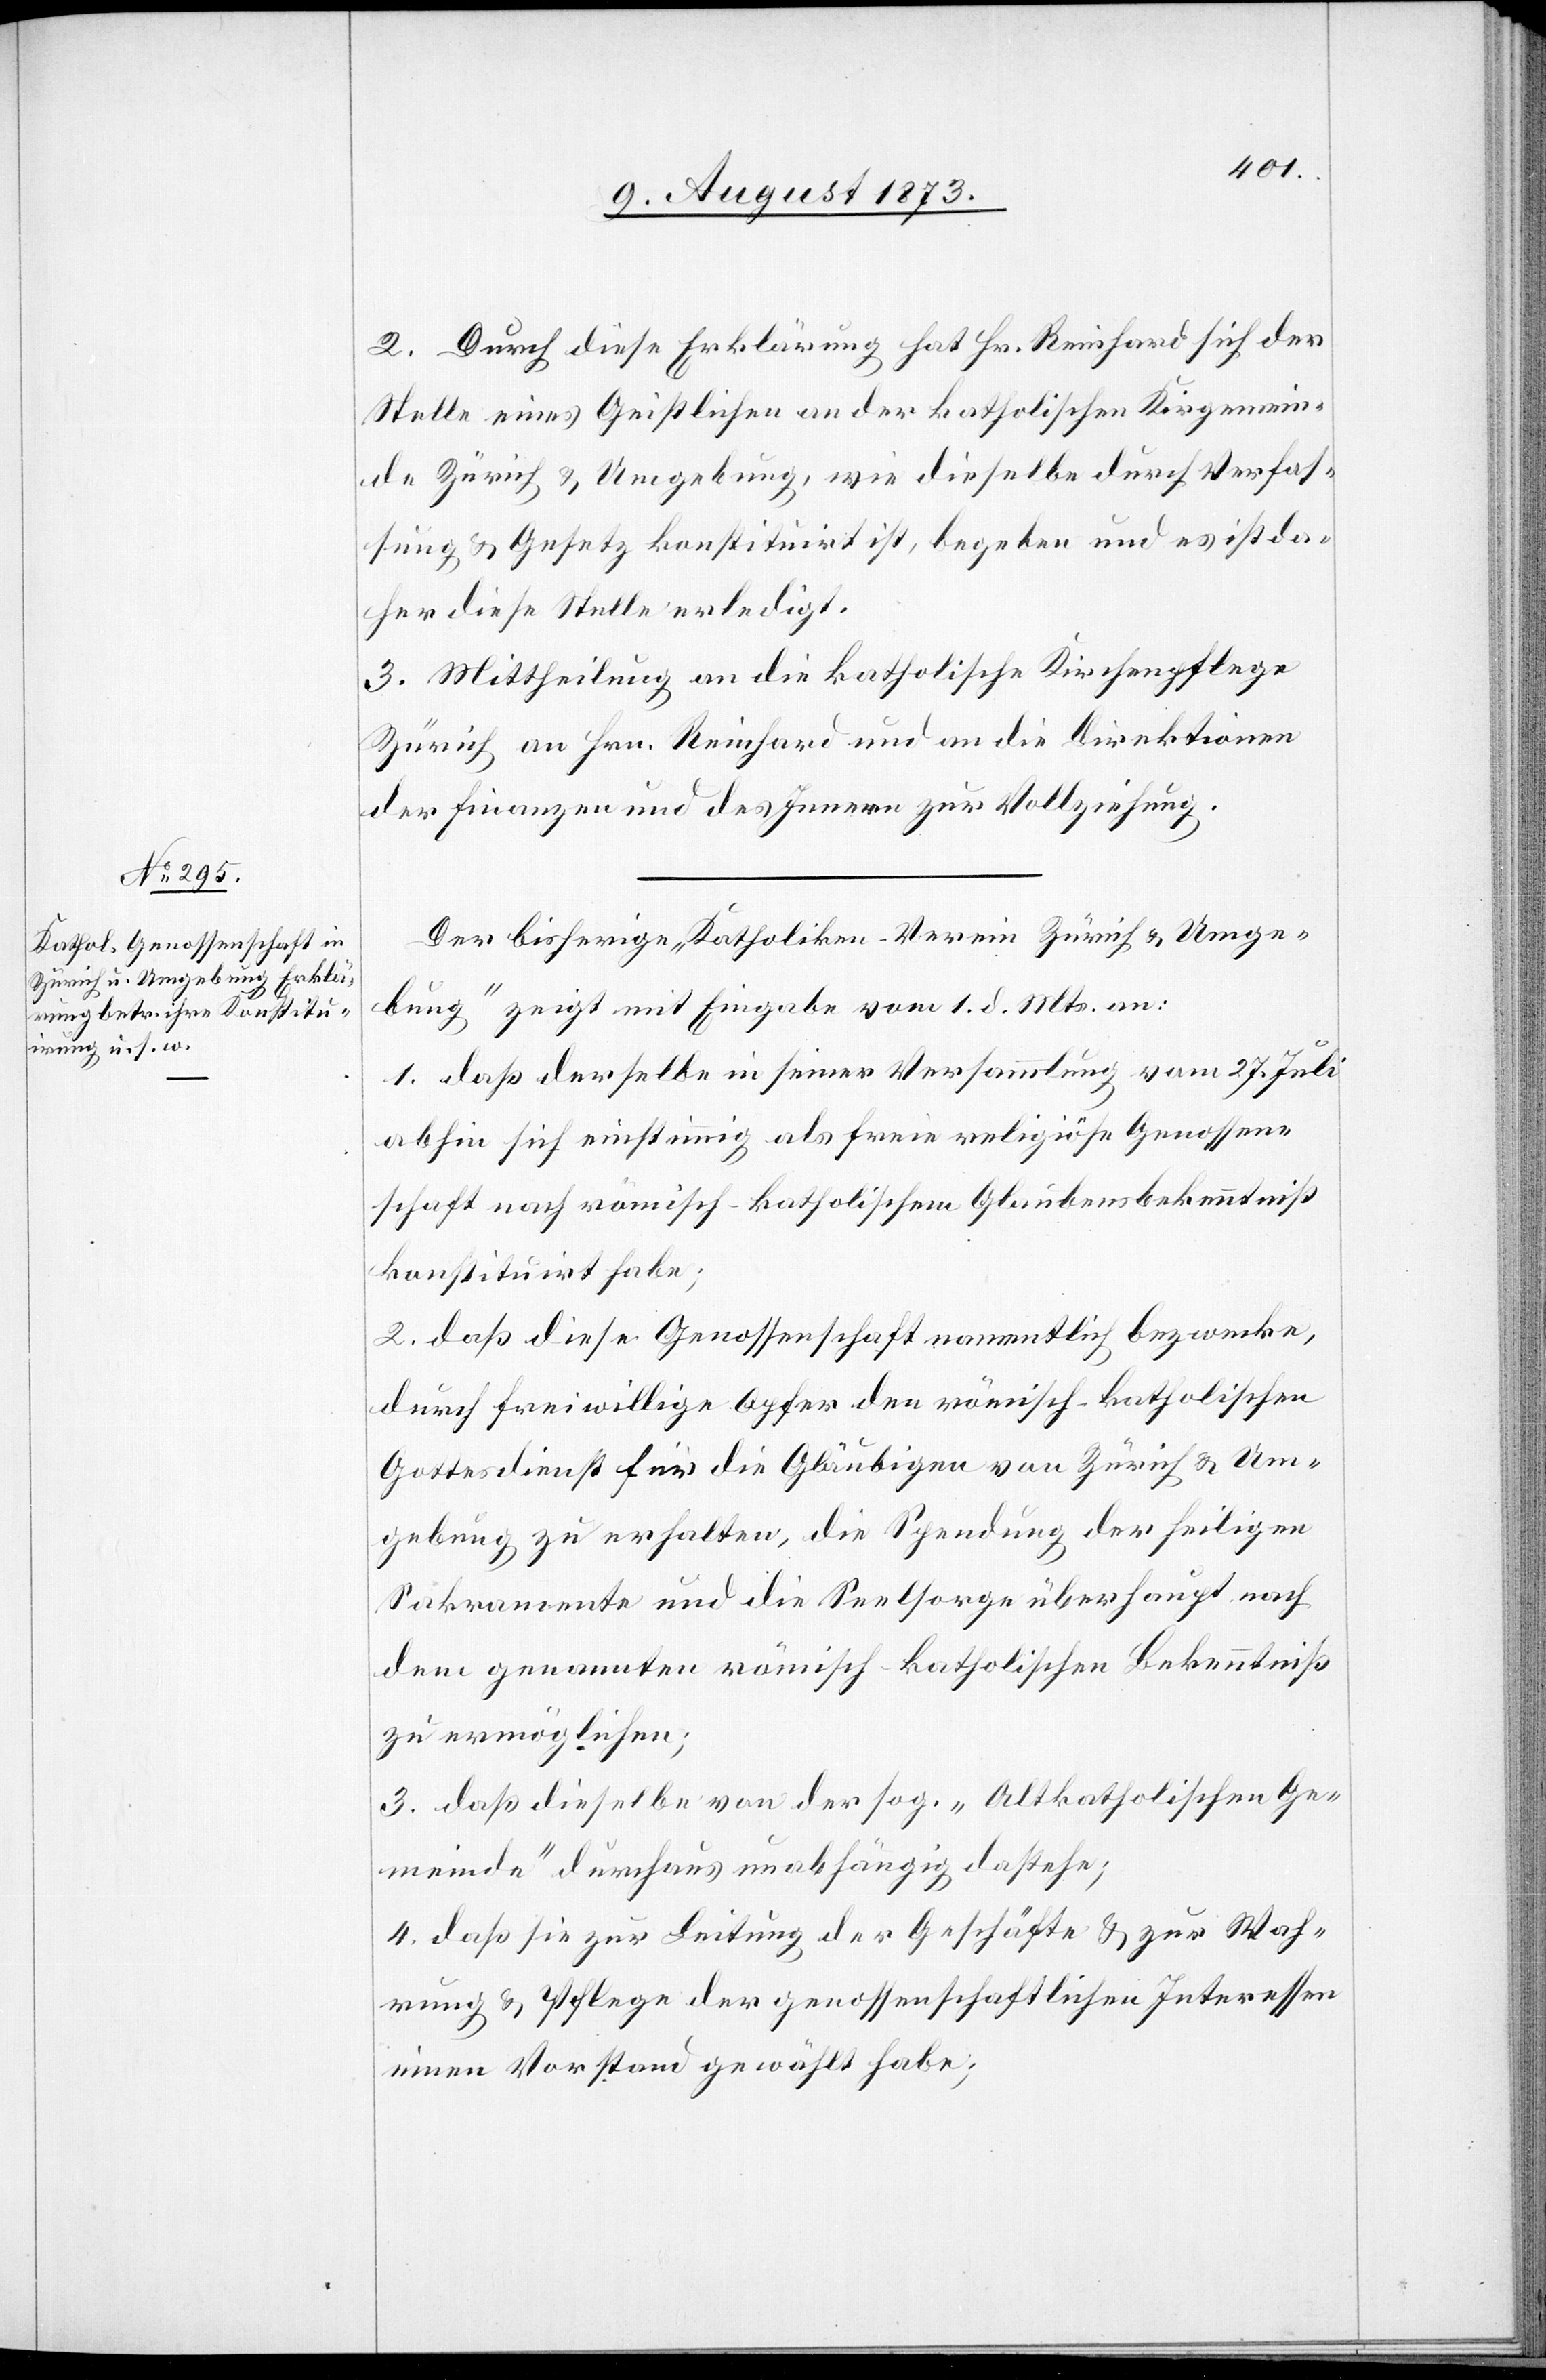
2. Durch diese Erklärung hat Hr. Reinhard sich der
Stelle eines Geistlichen an der katholischen Kirchgemein¬
de Zürich & Umgebung, wie dieselbe durch Verfas¬
sung & Gesetz konstituirt ist, begeben und es ist da¬
her diese Stelle erledigt.
3. Mittheilung an die katholische Kirchenpflege
Zürich an Hrn. Reinhard und an die Direktionen
der Finanzen und des Innern zur Vollziehung.
Der bisherige „Katholiken-Verein Zürich & Umge¬
bung“ zeigt mit Eingabe vom 1. d. Mts. an:
1. daß derselbe in seiner Versammlung vom 27. Juli
abhin sich einstimmig als freie religiöse Genossen¬
schaft nach römisch-katholischem Glaubensbekenntniß
konstituirt habe;
2. daß diese Genossenschaft namentlich bezwecke,
durch freiwillige Opfer den römisch-katholischen
Gottesdienst für die Gläubigen von Zürich & Um¬
gebung zu erhalten, die Spendung der heiligen
Sakramente und die Seelsorge überhaupt nach
dem genannten römisch-katholischen Bekenntniß
zu ermöglichen;
3. daß dieselbe von der sog. „Altkatholischen Ge¬
meinde“ durchaus unabhängig dastehe;
4. daß sie zur Leitung der Geschäfte & zur Wah¬
rung & Pflege der genossenschaftlichen Interessen
einen Vorstand gewählt habe;